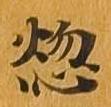
悩